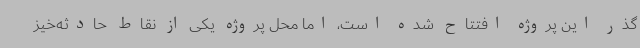
گذر این پروژه افتتاح شده است، اما محل پروژه یکی از نقاط حادثه‌خیز